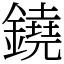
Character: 鐃